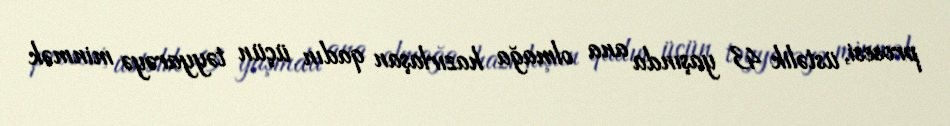
prosesi, üstəlik 43 yaşında ana olmağa hazırlaşan qadın üçün təyyarəyə minmək